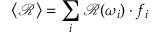
\left< \mathcal { R } \right> = \sum _ { i } \mathcal { R } ( \omega _ { i } ) \cdot f _ { i }